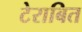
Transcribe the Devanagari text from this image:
टेराबित